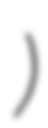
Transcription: Кобзев)